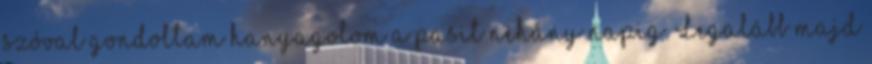
szóval gondoltam hanyagolom a pasit néhány napig. Legalább majd